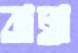
বাম্বা